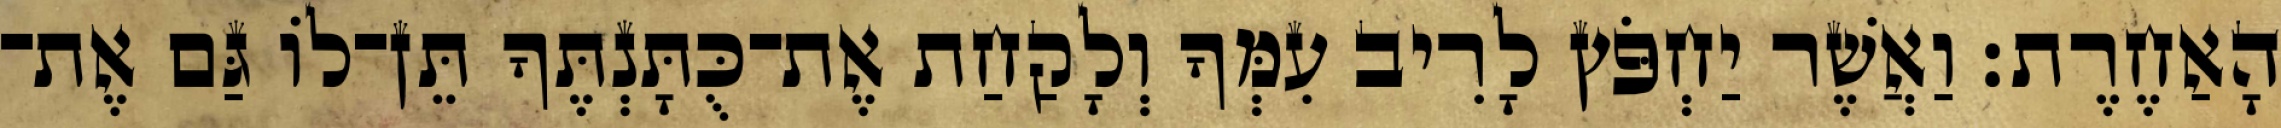
הָאַחֶרֶת׃ וַאֲשֶׁר יַחְפֹּץ לָרִיב עִמְּךָ וְלָקַחַת אֶת־כֻּתָּנְתֶּךָ תֵּן־לוֹ גַּם אֶת־